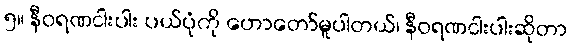
၅။ နီဝရဏငါးပါး ပယ်ပုံကို ဟောတော်မူပါတယ်၊ နီဝရဏငါးပါးဆိုတာ